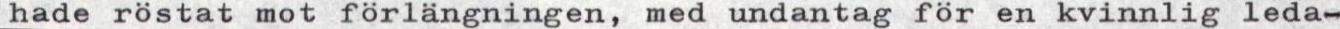
hade röstat mot förlängningen, med undantag för en kvinnlig leda-